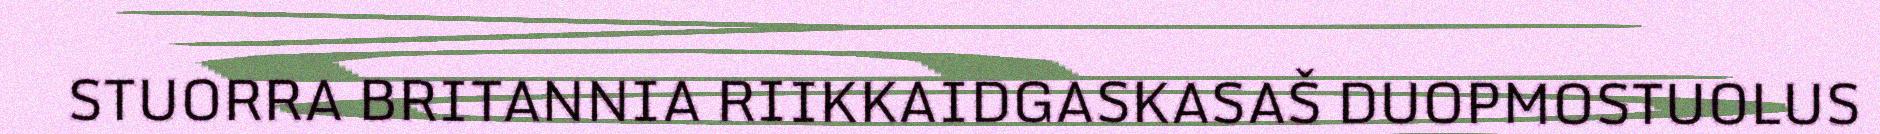
STUORRA BRITANNIA RIIKKAIDGASKASAŠ DUOPMOSTUOLUS